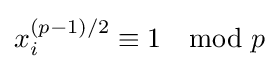
x_{i}^{(p-1)/2}\equiv 1\mod {p}